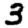
Digit: 3